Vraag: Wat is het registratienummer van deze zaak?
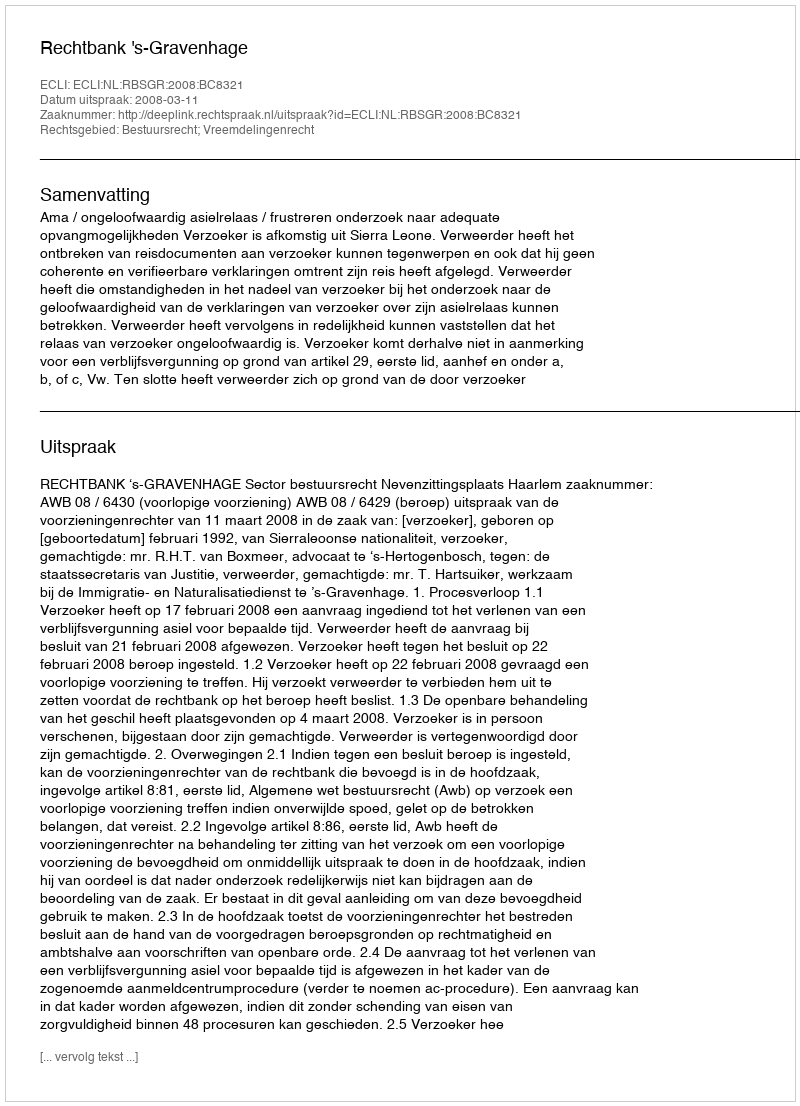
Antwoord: http://deeplink.rechtspraak.nl/uitspraak?id=ECLI:NL:RBSGR:2008:BC8321